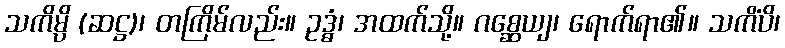
သကိမ္ပိ (ဆဋ္ဌ)၊ တကြိမ်လည်း။ ဥဒ္ဓံ၊ အထက်သို့။ ဂစ္ဆေယျ၊ ရောက်ရာ၏။ သကိံပိ၊